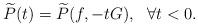
LaTeX: \begin{align*}\widetilde{P}(t)=\widetilde{P}(f,-tG),~~\forall t<0.\end{align*}